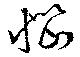
悩